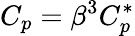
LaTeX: C_{p}=\beta^{3}C_{p}^{*}